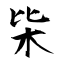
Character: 枈